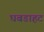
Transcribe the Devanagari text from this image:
घबडाहट